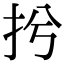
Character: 𢪆